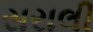
સરાલી